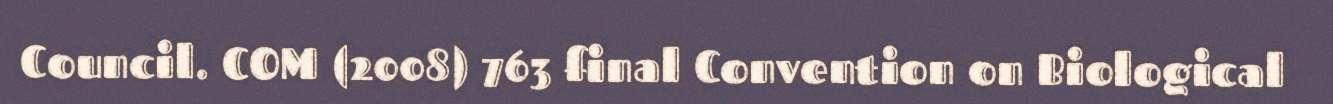
Council. COM (2008) 763 final Convention on Biological